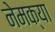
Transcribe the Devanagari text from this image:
नेमक्‍या